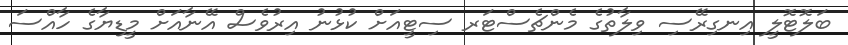
ބަލޮޓޮލީ އިނގިރޭސި ވިލާތުގެ މެންޗެސްޓަރ ސިޓީއަށް ކުޅުނު އިރުވެސް އޭނާއަށް މީޑިޔާގެ ހާއްސަ